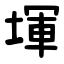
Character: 堚